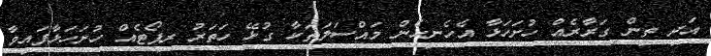
އަދި ތިން ގަރާރެއް ހުށަހަޅާ އެހެނިހެން މައްސަލަތަކާ ގުޅޭ ހަތަރު ރިޕޯޓެއް ހުށަހަޅާފައިވާ